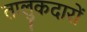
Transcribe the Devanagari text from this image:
तालुकदारों